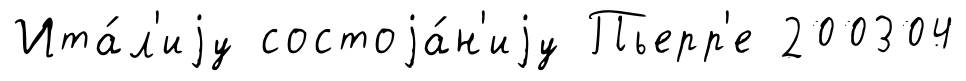
Ита́л'иjу состоjа́н'иjу Пьерр'е 200304